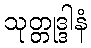
သုတ္တုဒ္ဒါနံ